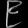
Digit: ၉